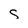
Character: S